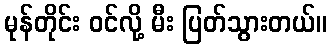
မုန်တိုင်း ဝင်လို့ မီး ပြတ်သွားတယ်။